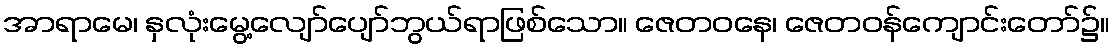
အာရာမေ၊ နှလုံးမွေ့လျော်ပျော်ဘွယ်ရာဖြစ်သော။ ဇေတဝနေ၊ ဇေတဝန်ကျောင်းတော်၌။